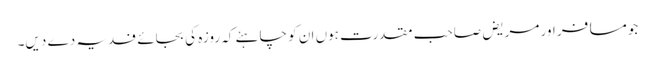
جومسافر اور مریض صاحب مقدرت ہوں ان کو چاہئے کہ روزہ کی بجائے فدیہ دے دیں۔